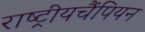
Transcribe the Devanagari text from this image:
राष्ट्रीयचैंपियन